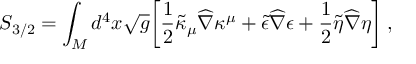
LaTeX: S _ { 3 / 2 } = \int _ { M } d ^ { 4 } x \sqrt { g } \biggr [ { \frac { 1 } { 2 } } \tilde { \kappa } _ { \mu } { \widehat \nabla } \kappa ^ { \mu } + \tilde { \epsilon } { \widehat \nabla } \epsilon + { \frac { 1 } { 2 } } \tilde { \eta } { \widehat \nabla } \eta \biggr ] \; ,